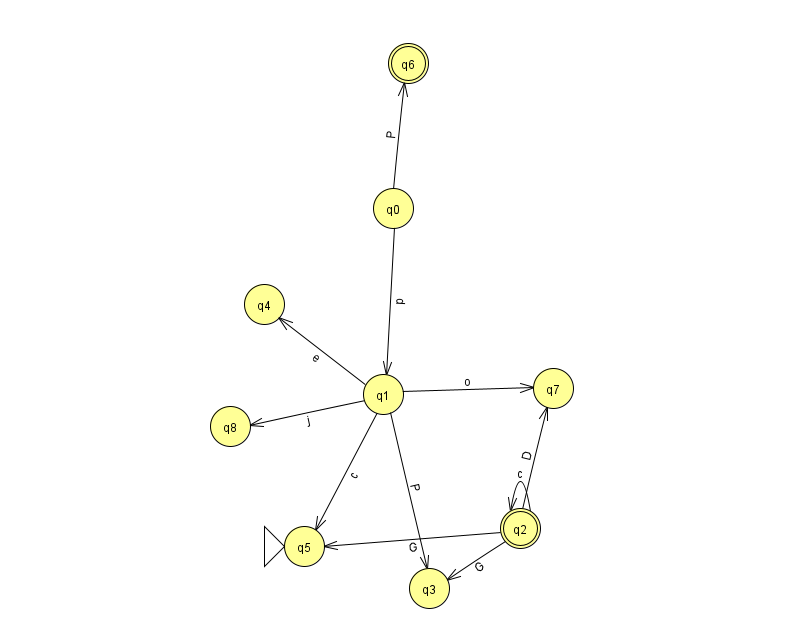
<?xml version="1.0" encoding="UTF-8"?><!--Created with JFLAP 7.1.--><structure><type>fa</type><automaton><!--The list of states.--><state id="0" name="q0"><x>393.0</x><y>195.0</y></state><state id="1" name="q1"><x>383.0</x><y>381.0</y></state><state id="2" name="q2"><x>520.0</x><y>515.0</y><final/></state><state id="3" name="q3"><x>429.0</x><y>575.0</y></state><state id="4" name="q4"><x>264.0</x><y>291.0</y></state><state id="5" name="q5"><x>304.0</x><y>533.0</y><initial/></state><state id="6" name="q6"><x>408.0</x><y>50.0</y><final/></state><state id="7" name="q7"><x>553.0</x><y>375.0</y></state><state id="8" name="q8"><x>230.0</x><y>413.0</y></state><!--The list of transitions.--><transition><from>0</from><to>6</to><read>P</read></transition><transition><from>2</from><to>2</to><read>c</read></transition><transition><from>1</from><to>8</to><read>j</read></transition><transition><from>2</from><to>5</to><read>G</read></transition><transition><from>2</from><to>3</to><read>G</read></transition><transition><from>1</from><to>7</to><read>o</read></transition><transition><from>2</from><to>7</to><read>D</read></transition><transition><from>1</from><to>3</to><read>P</read></transition><transition><from>0</from><to>1</to><read>p</read></transition><transition><from>1</from><to>5</to><read>c</read></transition><transition><from>1</from><to>4</to><read>e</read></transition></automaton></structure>